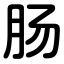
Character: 肠